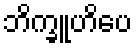
ဘိက္ခူဟိပေ